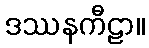
ဒဿနကီဠာ။